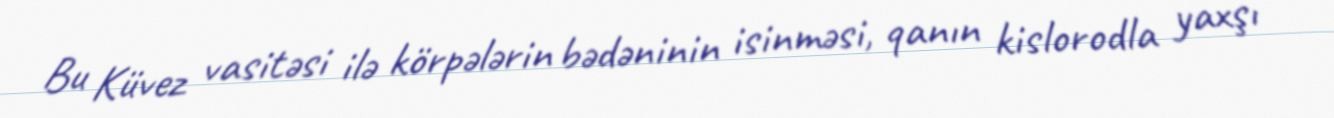
Bu Küvez vasitəsi ilə körpələrin bədəninin isinməsi, qanın kislorodla yaxşı